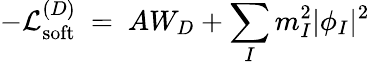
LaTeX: -{\cal L}_{\mathrm{soft}}^{(D)}\ =\ AW_{D}+\sum_{I}m_{I}^{2}|\phi_{I}|^{2}